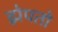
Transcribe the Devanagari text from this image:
झेपतो